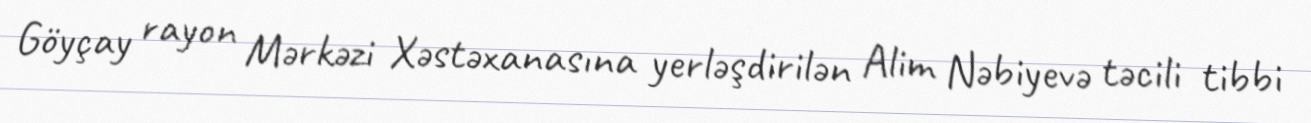
Göyçay rayon Mərkəzi Xəstəxanasına yerləşdirilən Alim Nəbiyevə təcili tibbi